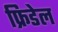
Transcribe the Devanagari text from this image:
फ्रिडेल